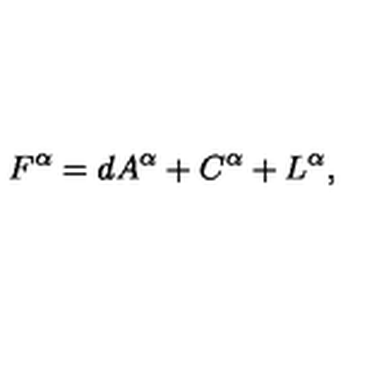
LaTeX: F ^ { \alpha } = d A ^ { \alpha } + C ^ { \alpha } + L ^ { \alpha } ,